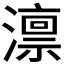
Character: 𪷤